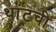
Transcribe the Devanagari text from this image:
थांटची